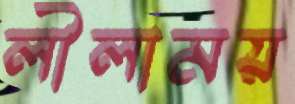
লীলাময়